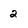
Character: 2